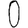
Digit: 0